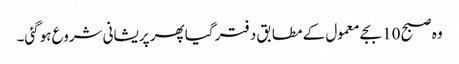
وہ صبح 10 بجے معمول کے مطابق دفتر گیا پھر پریشانی شروع ہوگئی۔